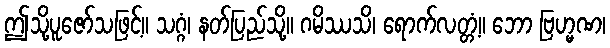
ဤသို့ပူဇော်သဖြင့်။ သဂ္ဂံ၊ နတ်ပြည်သို့။ ဂမိဿသိ၊ ရောက်လတ္တံ့။ ဘော ဗြဟ္မဏ၊